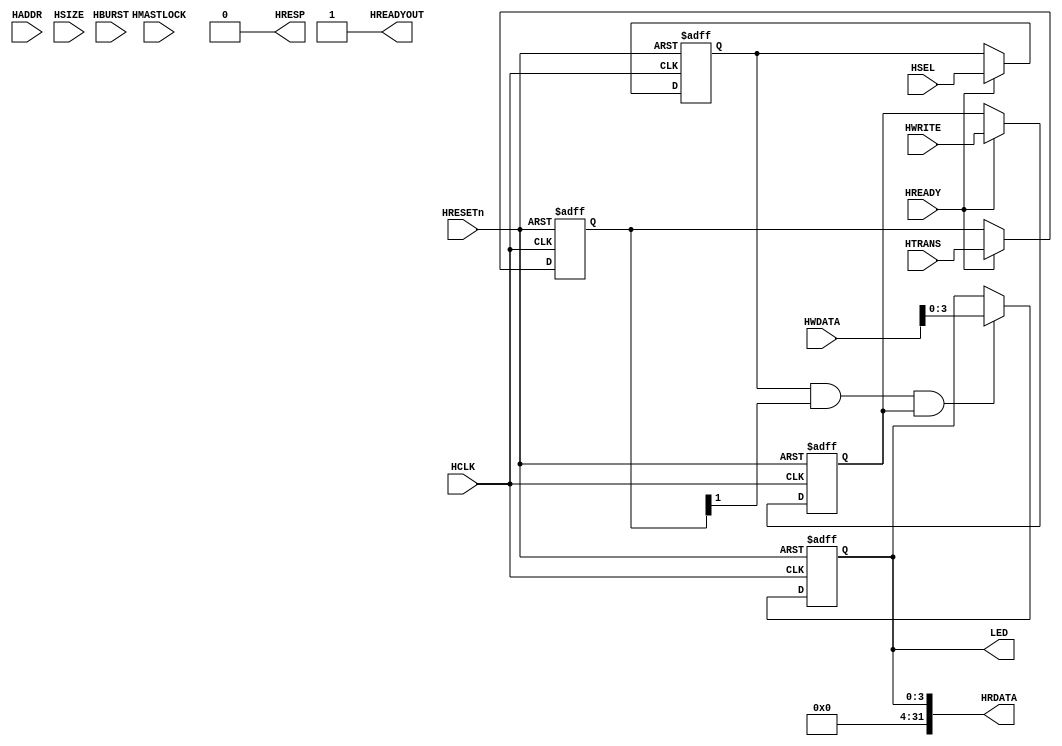
// ************************************************************
// Design : GPIO Peripheral 
// Version : 0.02
// ************************************************************

module AHB2IO #(parameter W = 32) (
    // Global Clock and Reset
    input wire HCLK, 
    input wire HRESETn, 
    // AHB Control Signals 
    input wire HSEL, 
    input wire HWRITE, 
    input wire HREADY, 
    input wire HMASTLOCK, 
    // Address and Data  
    input wire [W - 1 : 0] HADDR, 
    input wire [W - 1 : 0] HWDATA, 
    // Transaction Control 
    input wire [1:0] HTRANS, 
    input wire [2:0] HBURST, 
    input wire [2:0] HSIZE, 
    // Output and Transfer Response
    output wire HRESP, 
    output wire HREADYOUT, 
    output wire [W - 1 : 0] HRDATA, 
    // Peripheral Control 
    output wire [3:0] LED
);

// Address Phase Control Signals 
reg Aphase_HSEL, Aphase_HWRITE, Aphase_HMASTLOCK;
reg [1:0] Aphase_HTRANS; 
reg [2:0] Aphase_HBURST, Aphase_HSIZE; 
reg [W - 1 : 0] Aphase_HADDR; 

// LED Peripheral Register 
reg [3:0] LED_REG; 

always @ (posedge HCLK or negedge HRESETn) begin
   if (~HRESETn) begin
        Aphase_HSEL      <= 0; 
        Aphase_HWRITE    <= 0; 
        Aphase_HMASTLOCK <= 0; 
        Aphase_HTRANS    <= 0; 
        Aphase_HBURST    <= 0; 
        Aphase_HSIZE     <= 0; 
        Aphase_HADDR     <= 0; 
   end
   else begin
        if (HREADY) begin
           Aphase_HSEL       <= HSEL; 
           Aphase_HWRITE     <= HWRITE;
           Aphase_HMASTLOCK  <= HMASTLOCK; 
           Aphase_HTRANS     <= HTRANS; 
           Aphase_HBURST     <= HBURST;
           Aphase_HSIZE      <= HSIZE;
           Aphase_HADDR      <= HADDR; 
        end 
   end
end


// Write2LED REG
wire write_transaction; 
assign write_transaction = Aphase_HSEL && Aphase_HTRANS[1] && Aphase_HWRITE; 

always @ (posedge HCLK or negedge HRESETn) begin
   if (~HRESETn) begin
       LED_REG <= 0; 
   end
   else 
     begin
        if (write_transaction) 
           LED_REG <= HWDATA[3:0]; 
     end
end

// Write to Peripheral 
assign LED = LED_REG; 

// ReadFrLED REG 
assign HRDATA = {28'h0, LED_REG}; 

// Response Signalling 
assign  HRESP = 0; 
assign HREADYOUT = 1; 

endmodule